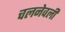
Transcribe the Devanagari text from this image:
चलनेवली